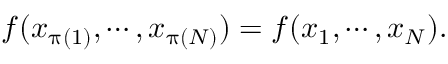
\begin{array} { r } { f ( x _ { \uppi ( 1 ) } , \cdots , x _ { \uppi ( N ) } ) = f ( x _ { 1 } , \cdots , x _ { N } ) . } \end{array}